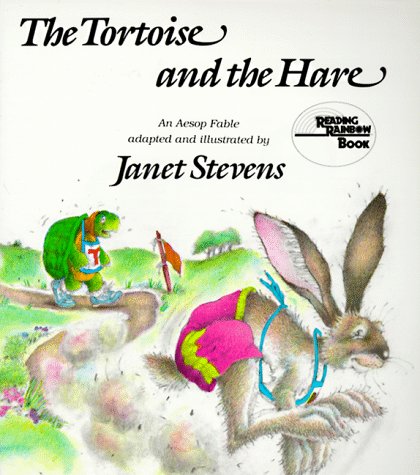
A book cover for The Tortoise and the Hare: An Aesop Fable (Reading Rainbow Books); Janet Stevens; Children's Books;